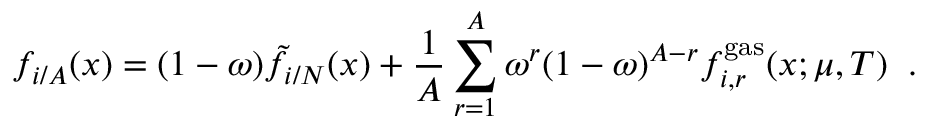
f _ { i / A } ( x ) = ( 1 - \omega ) { \tilde { f } } _ { i / N } ( x ) + { \frac { 1 } { A } } \sum _ { r = 1 } ^ { A } \omega ^ { r } ( 1 - \omega ) ^ { A - r } f _ { i , r } ^ { \mathrm { g a s } } ( x ; \mu , T ) \; \; .